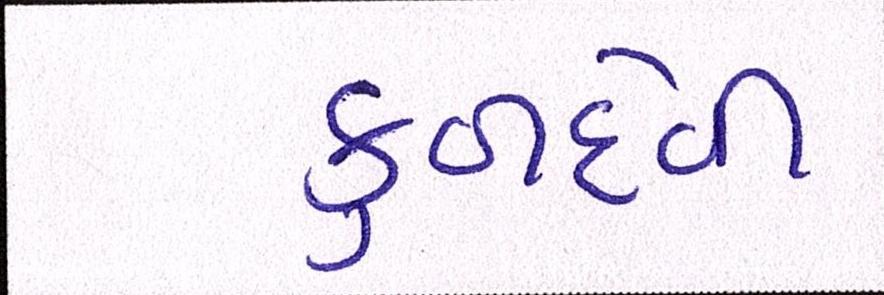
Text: કુળદેવી